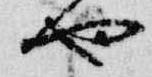
也